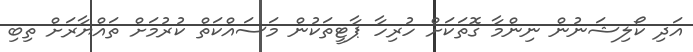
އަދި ކޯލިޝަނުން ނިންމާ ގޮތަކަށް ހުރިހާ ޕާޓީތަކުން މަސައްކަތް ކުރުމަށް ތައްޔާރަށް ތިބި